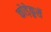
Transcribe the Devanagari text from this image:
कोड़ेकुर्से